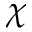
\chi